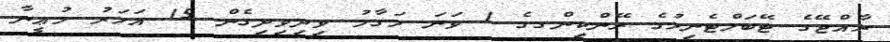
ރާއްޖޭގެ ޓޭބަލްޓެނިހުގެ ރޭންކިންގގެ 1 ވަނަ މަގާމު ވިދިވިދިގެން 15 އަހަރު މުޢީނާ